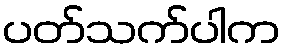
ပတ်သက်ပါက